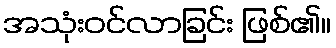
အသုံးဝင်လာခြင်း ဖြစ်၏။